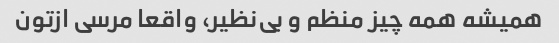
همیشه همه چیز منظم و بی‌نظیر، واقعا مرسی ازتون